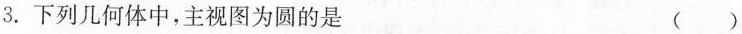
3.下列几何体中，主视图为圆的是 ()